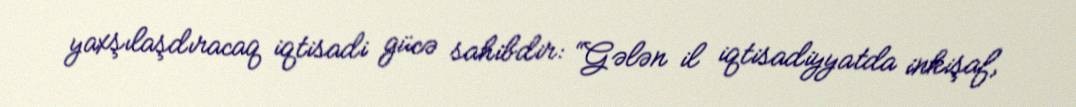
yaxşılaşdıracaq iqtisadi gücə sahibdir: “Gələn il iqtisadiyyatda inkişaf,